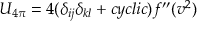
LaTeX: U _ { 4 \pi } = 4 ( \delta _ { i j } \delta _ { k l } + c y c l i c ) f ^ { \prime \prime } ( v ^ { 2 } )